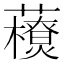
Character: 𧃬